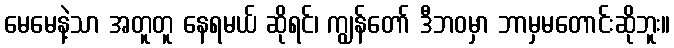
မေမေနဲ့သာ အတူတူ နေရမယ် ဆိုရင်၊ ကျွန်တော် ဒီဘဝမှာ ဘာမှမတောင်းဆိုဘူး။